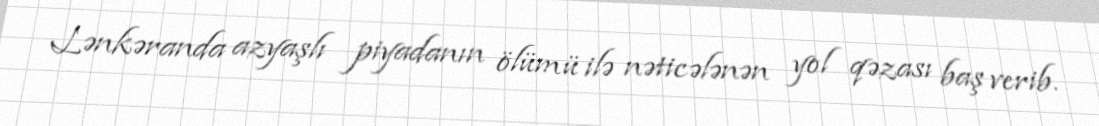
Lənkəranda azyaşlı piyadanın ölümü ilə nəticələnən yol qəzası baş verib.